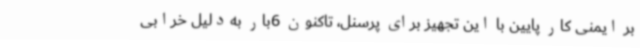
بر ایمنی کار پایین با این تجهیز برای پرسنل، تاکنون 6بار به‌دلیل خرابی